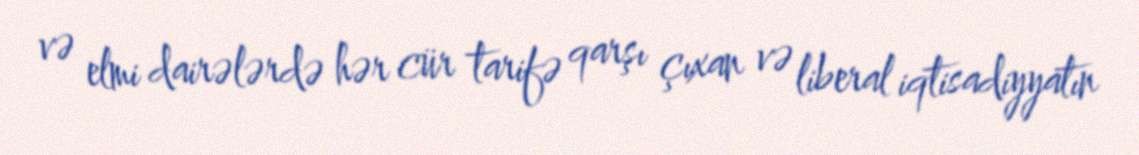
və elmi dairələrdə hər cür tarifə qarşı çıxan və liberal iqtisadiyyatın